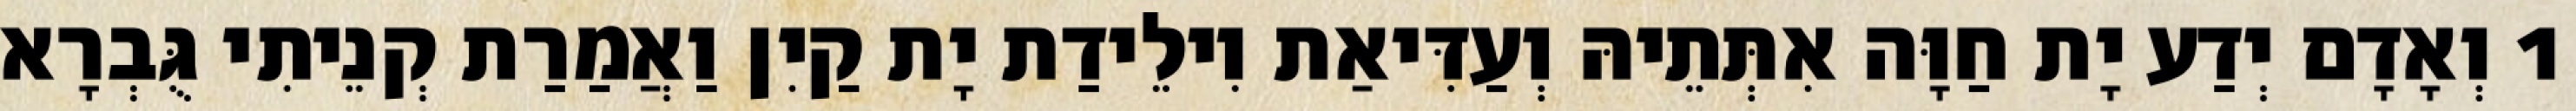
1 וְאָדָם יְדַע יָת חַוָּה אִתְּתֵיהּ וְעַדִּיאַת וִילֵידַת יָת קַיִן וַאֲמַרַת קְנֵיתִי גֻּבְרָא